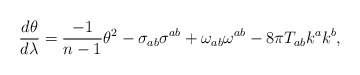
\begin{align*}{{d\theta}\over{d\lambda}} = {{{-1}\over{n-1}}{\theta^2}} - \sigma_{ab}\sigma^{ab} + \omega_{ab}\omega^{ab} - 8\pi T_{ab}k^{a}k^{b},\end{align*}